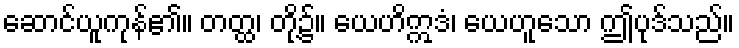
ဆောင်ယူကုန်၏။ တတ္ထ၊ တို့၌။ ယေဟိဣဒံ၊ ယေဟူသော ဤပုဒ်သည်။